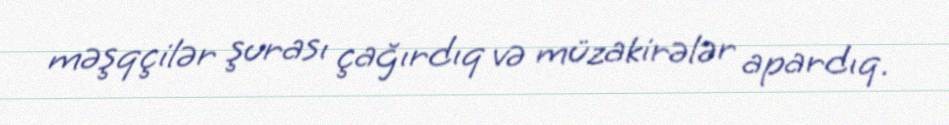
məşqçilər şurası çağırdıq və müzakirələr apardıq.